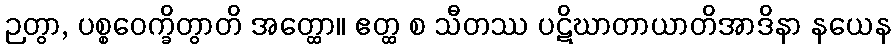
ဉတွာ, ပစ္စဝေက္ခိတွာတိ အတ္ထော။ ဧတ္ထ စ သီတဿ ပဋိဃာတာယာတိအာဒိနာ နယေန